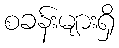
စခန်းများရှိ